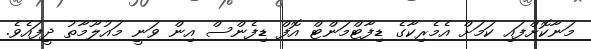
މަނާކޮށްފައި ކަމަށް އެމެރިކާގެ ޑިފާޓްމަންޓް އޮފް ޑިފެންސް އިން ވަނީ މައުލޫމާތު ދީފައެވެ.